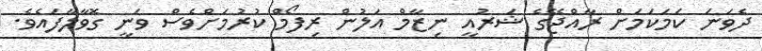
ދެވަނަ ކަމަކަމަށް ރާއްޖޭގެ ޝަރުއީ ނިޒާމް އަލުން ރިފޯމް ކުރުމަށްވެސް ވަނީ ގޮވާލާފައެވެ.